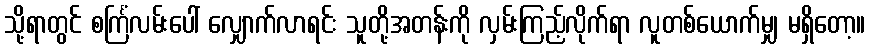
သို့ရာတွင် စင်္ကြံလမ်းပေါ် လျှောက်လာရင်း သူတို့အတန်းကို လှမ်းကြည့်လိုက်ရာ လူတစ်ယောက်မျှ မရှိတော့။